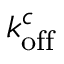
k _ { \mathrm { o f f } } ^ { c }